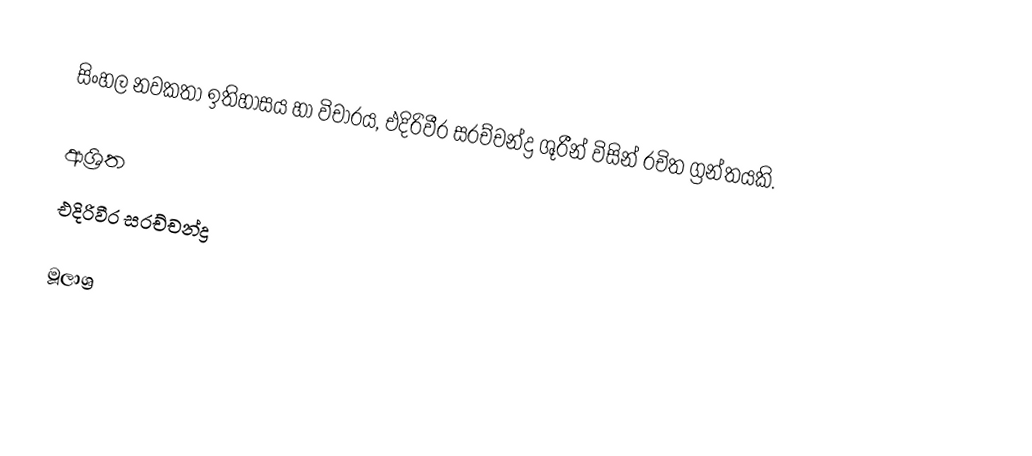
සිංහල නවකතා ඉතිහාසය හා විචාරය, එදිරිවීර සරච්චන්ද්‍ර ශූරීන් විසින් රචිත ග්‍රන්තයකි.

ආශ්‍රිත
 එදිරිවීර සරච්චන්ද්‍ර

මූලාශ්‍ර